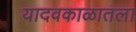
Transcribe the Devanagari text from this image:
यादवकाळातला